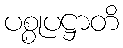
ပစ္စုပဋ္ဌာတိ